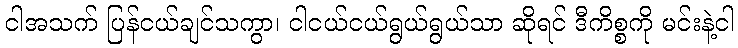
ငါအသက် ပြန်ငယ်ချင်သကွာ၊ ငါငယ်ငယ်ရွယ်ရွယ်သာ ဆိုရင် ဒီကိစ္စကို မင်းနဲ့ငါ